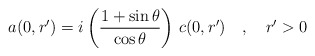
\begin{align*}a(0,r^\prime)=i\left(\frac{1+\sin\theta}{\cos\theta}\right)\,c(0,r^\prime)\quad ,\quad r^\prime >0\end{align*}